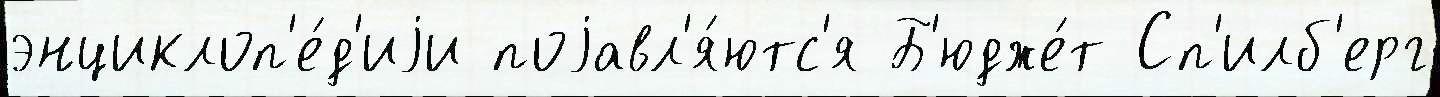
энциклоп'е́д'иjи поjавл'я́ютс'я Б'юдже́т Сп'илб'ерг